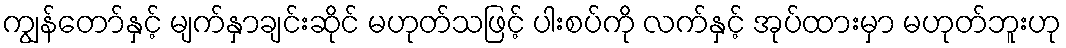
ကျွန်တော်နှင့် မျက်နှာချင်းဆိုင် မဟုတ်သဖြင့် ပါးစပ်ကို လက်နှင့် အုပ်ထားမှာ မဟုတ်ဘူးဟု